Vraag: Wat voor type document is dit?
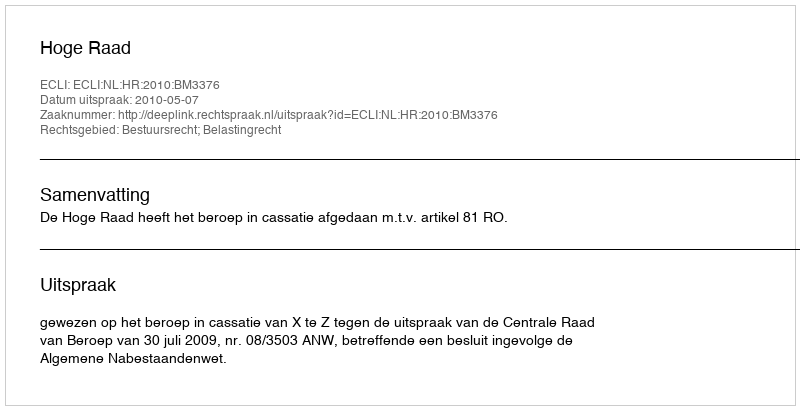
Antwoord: Uitspraak